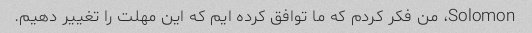
Solomon، من فکر کردم که ما توافق کرده ایم که این مهلت را تغییر دهیم.